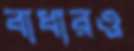
বাধারও